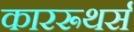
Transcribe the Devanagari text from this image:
काररूथर्स